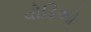
વોડિઓ